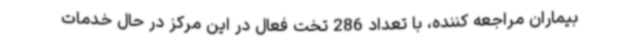
بیماران مراجعه کننده، با تعداد 286 تخت فعال در این مرکز در حال خدمات